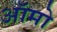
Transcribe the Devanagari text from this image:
ऑमो